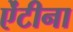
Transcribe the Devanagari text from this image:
ऐंटीना